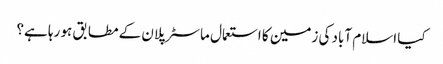
کیا اسلام آباد کی زمین کا استعمال ماسٹر پلان کے مطابق ہو رہا ہے؟